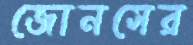
জোনসের